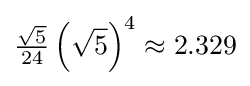
{\tfrac {\sqrt {5}}{24}}\left({\sqrt {5}}\right)^{4}\approx 2.329